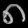
Digit: ၈